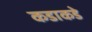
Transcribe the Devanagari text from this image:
कडाकडे